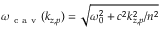
\omega _ { \mathrm { ~ c ~ a ~ v ~ } } ( k _ { z , p } ) = \sqrt { \omega _ { 0 } ^ { 2 } + c ^ { 2 } k _ { z , p } ^ { 2 } / n ^ { 2 } }